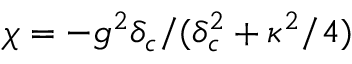
\chi = - g ^ { 2 } \delta _ { c } / ( \delta _ { c } ^ { 2 } + \kappa ^ { 2 } / 4 )